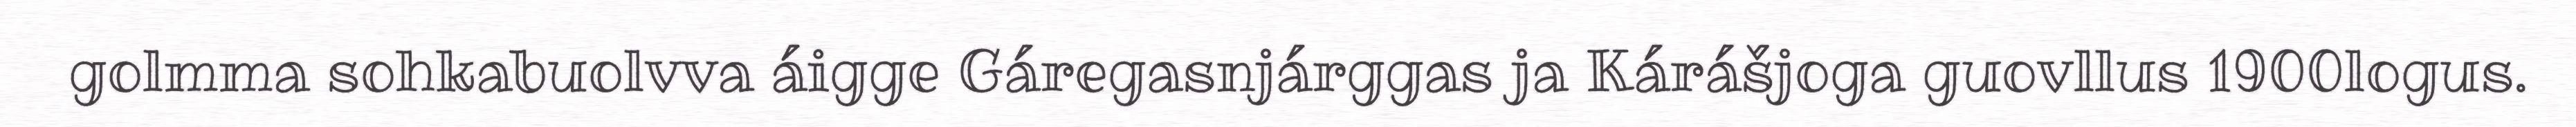
golmma sohkabuolvva áigge Gáregasnjárggas ja Kárášjoga guovllus 1900logus.